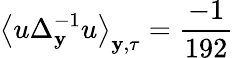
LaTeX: \left\langle u\Delta_{\mathbf{y}}^{-1}u\right\rangle_{\mathbf{y},\tau}=\frac{-1}{192}